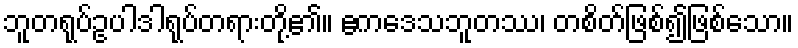
ဘူတရုပ်ဥပါဒါရုပ်တရားတို့၏။ ဧကဒေသဘူတဿ၊ တစိတ်ဖြစ်၍ဖြစ်သော။